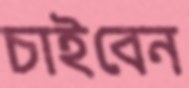
চাইবেন